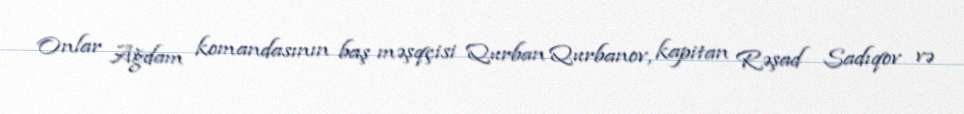
Onlar Ağdam komandasının baş məşqçisi Qurban Qurbanov, kapitan Rəşad Sadıqov və